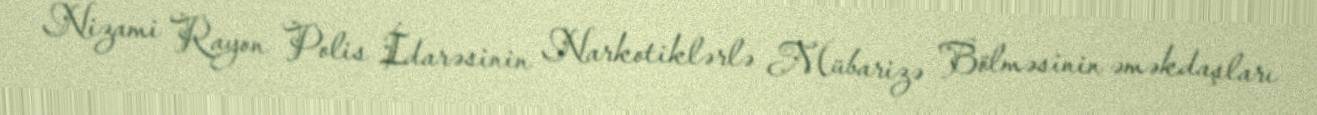
Nizami Rayon Polis İdarəsinin Narkotiklərlə Mübarizə Bölməsinin əməkdaşları